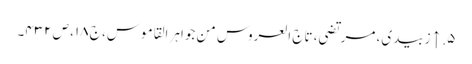
۵. ↑ زبیدی، مرتضی، تاج العروس من جواہر القاموس، ج ۱۸، ص ۴۳۲۔